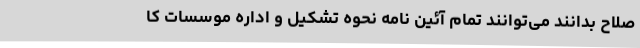
صلاح بدانند می‌توانند تمام آئین نامه نحوه تشکیل و اداره موسسات کا